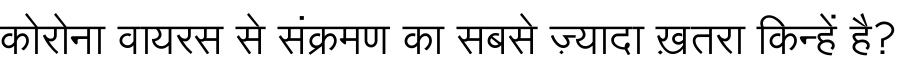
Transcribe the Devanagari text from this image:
कोरोना वायरस से संक्रमण का सबसे ज़्यादा ख़तरा किन्हें है?